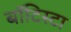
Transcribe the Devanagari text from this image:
बाॅटिस्टा